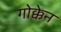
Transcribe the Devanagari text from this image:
गोक्केन